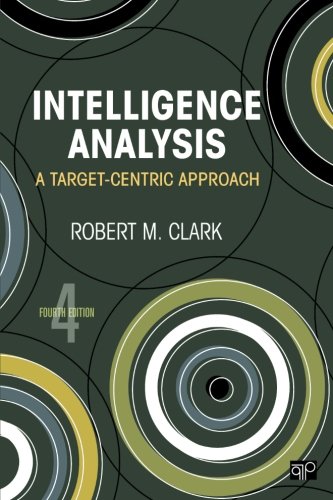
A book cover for Intelligence Analysis: A Target-Centric Approach; Robert M Clark; Biographies & Memoirs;